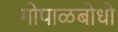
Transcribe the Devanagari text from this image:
गोपाळबोधो